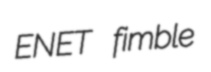
ENET fimble